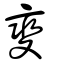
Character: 爕